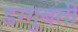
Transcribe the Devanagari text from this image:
डग्गुबती